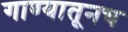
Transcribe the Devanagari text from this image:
गाण्यातूनच